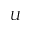
U